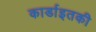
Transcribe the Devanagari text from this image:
कार्डाइतकी